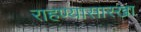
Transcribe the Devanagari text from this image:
राहण्यासारखा